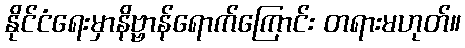
နိုင်ငံရေးမှာနိဗ္ဗာန်ရောက်ကြောင်း တရားမဟုတ်။